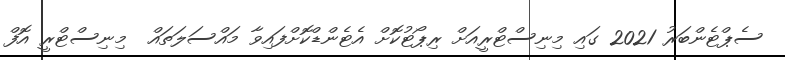
ސެޕްޓެންބަރު 2021 ގައި މިނިސްޓްރީއަށް ރިޕޯޓުކޮށް އެޓެންޑްކޮށްފައިވާ މައްސަލަތައް  މިނިސްޓްރީ އޮފް